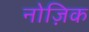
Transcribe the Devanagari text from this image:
नोज़िक